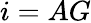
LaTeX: i=AG